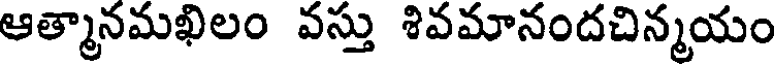
ఆత్మానమఖిలం వస్తు శివమానందచిన్మయం